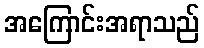
အကြောင်းအရာသည်